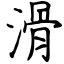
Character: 滑